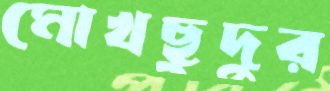
মোখছুদুর